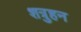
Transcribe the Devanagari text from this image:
शत्रुहन